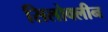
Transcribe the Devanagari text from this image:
सिलोक्लीन